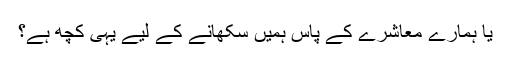
یا ہمارے معاشرے کے پاس ہمیں سکھانے کے لیے یہی کچھ ہے؟